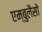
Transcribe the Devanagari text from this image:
एम्बुलैंसों